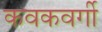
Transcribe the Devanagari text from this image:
कवकवर्गी